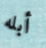
أبله